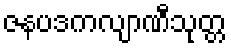
ဇနပဒကလျာဏီသုတ္တ